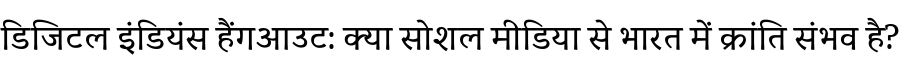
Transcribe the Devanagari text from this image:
डिजिटल इंडियंस हैंगआउट: क्या सोशल मीडिया से भारत में क्रांति संभव है?